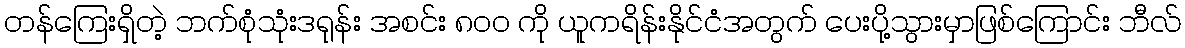
တန်ကြေးရှိတဲ့ ဘက်စုံသုံးဒရုန်း အစင်း ၈၀၀ ကို ယူကရိန်းနိုင်ငံအတွက် ပေးပို့သွားမှာဖြစ်ကြောင်း ဘီလ်